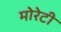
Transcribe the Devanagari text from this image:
मोरेटी